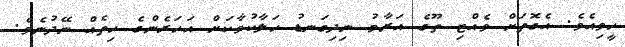
ހީވިއެވެ. އެގޮތަށް ވެއްޓި ތޫގެ އަރާމު ނިދިގަނޑު ހަލާކުވާކަށް އަހަރެންގެ ހިތެއް ނޭދުނެވެ.